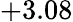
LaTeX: +3.08